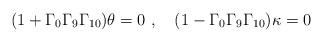
LaTeX: \begin{align*}(1+\Gamma_{0} \Gamma_{9} \Gamma_{10})\theta =0 \ , \quad (1-\Gamma_{0} \Gamma_{9} \Gamma_{10})\kappa =0\end{align*}